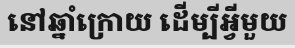
នៅឆ្នាំក្រោយ ដើម្បីអ្វីមួយ